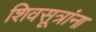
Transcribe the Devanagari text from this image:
शिवसूत्रांना